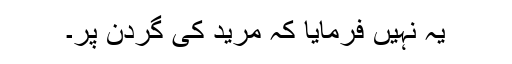
یہ نہیں فرمایا کہ مرید کی گردن پر۔